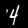
Label: 4